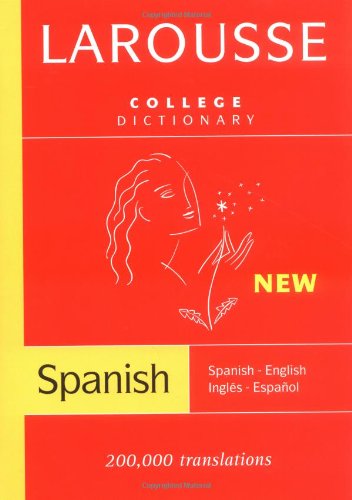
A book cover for Larousse College Dictionary:  Spanish-English / Ingles-Espanol (Spanish and English Edition); Teen & Young Adult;